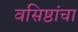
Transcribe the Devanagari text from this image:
वसिष्ठांचा